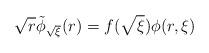
LaTeX: \begin{align*}\sqrt{r}\tilde{\phi}_{\sqrt{\xi}}(r)=f(\sqrt{\xi})\phi(r,\xi)\end{align*}